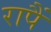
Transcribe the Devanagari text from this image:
रापैं